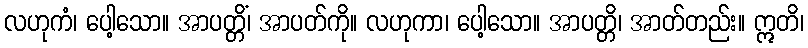
လဟုကံ၊ ပေါ့သော။ အာပတ္တိံ၊ အာပတ်ကို။ လဟုကာ၊ ပေါ့သော။ အာပတ္တိ၊ အာတ်တည်း။ ဣတိ၊